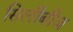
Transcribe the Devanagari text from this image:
सिलीबीज